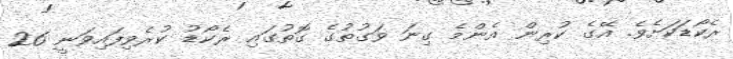
ރެކޯޑަކަށެވެ. އޭގެ ކުރިން އެންމެ ގިނަ ވަގުތުގެ ގޮތުގައި ރެކޯޑު ކުރެވިފައިވަނީ 26